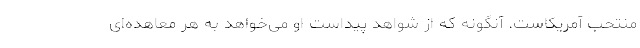
منتحب آمریکاست. آنگونه که از شواهد پیداست او می‌خواهد به هر معاهده‌ای